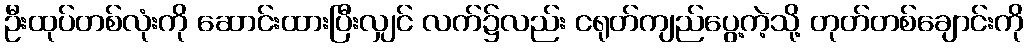
ဦးထုပ်တစ်လုံးကို ဆောင်းထားပြီးလျှင် လက်၌လည်း ငရုတ်ကျည်ပွေ့ကဲ့သို့ တုတ်တစ်ချောင်းကို